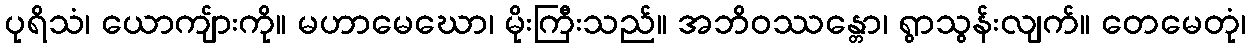
ပုရိသံ၊ ယောကျ်ားကို။ မဟာမေဃော၊ မိုးကြီးသည်။ အဘိဝဿန္တော၊ ရွာသွန်းလျက်။ တေမေတုံ၊